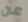
عن